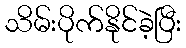
သိမ်းပိုက်နိုင်ခဲ့ပြီး